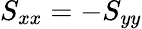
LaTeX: S_{xx}=-S_{yy}